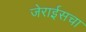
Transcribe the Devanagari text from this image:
जेराईसचा